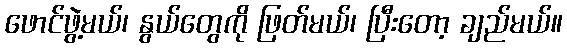
ဖောင်ဖွဲ့မယ်၊ နွယ်တွေကို ဖြတ်မယ်၊ ပြီးတော့ ချည်မယ်။